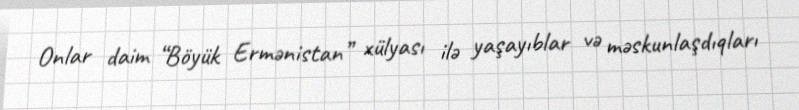
Onlar daim “Böyük Ermənistan” xülyası ilə yaşayıblar və məskunlaşdıqları